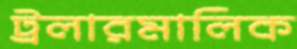
ট্রলারমালিক